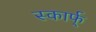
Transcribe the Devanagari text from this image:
स्कार्फ्